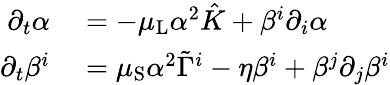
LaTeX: \begin{array}{rl}{\partial_{t}\alpha}&{{}=-\mu_{\mathrm{L}}\alpha^{2}\hat{K}+\beta^{i}\partial_{i}\alpha}\\ {\partial_{t}\beta^{i}}&{{}=\mu_{\mathrm{S}}\alpha^{2}\tilde{\Gamma}^{i}-\eta\beta^{i}+\beta^{j}\partial_{j}\beta^{i}}\end{array}